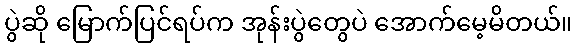
ပွဲဆို မြောက်ပြင်ရပ်က အုန်းပွဲတွေပဲ အောက်မေ့မိတယ်။